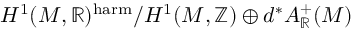
H ^ { 1 } ( M , \mathbb { R } ) ^ { \mathrm { h a r m } } / H ^ { 1 } ( M , \mathbb { Z } ) \oplus d ^ { * } A _ { \mathbb { R } } ^ { + } ( M )